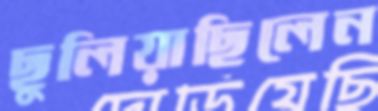
ছুলিয়াছিলেন